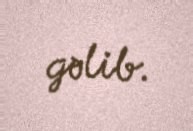
gəlib.